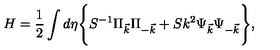
H = \frac { 1 } { 2 } \int d \eta \Biggl \{ S ^ { - 1 } \Pi _ { \vec { k } } \Pi _ { - \vec { k } } + S k ^ { 2 } \Psi _ { \vec { k } } \Psi _ { - \vec { k } } \Biggr \} ,